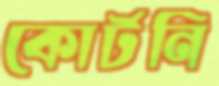
কোর্টনি